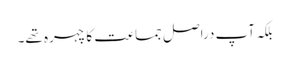
بلکہ آپ دراصل جماعت کا چہرہ تھے۔